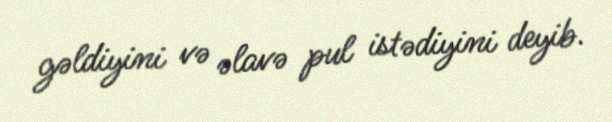
gəldiyini və əlavə pul istədiyini deyib.